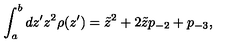
\int _ { a } ^ { b } d z ^ { \prime } z ^ { 2 } \rho ( z ^ { \prime } ) = \tilde { z } ^ { 2 } + 2 \tilde { z } p _ { - 2 } + p _ { - 3 } ,